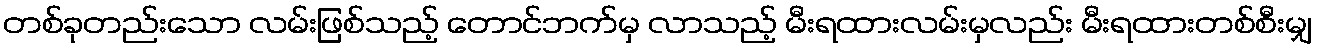
တစ်ခုတည်းသော လမ်းဖြစ်သည့် တောင်ဘက်မှ လာသည့် မီးရထားလမ်းမှလည်း မီးရထားတစ်စီးမျှ